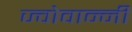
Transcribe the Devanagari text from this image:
ज्वोवान्नी